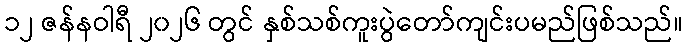
၁၂ ဇန်နဝါရီ ၂၀၂၆ တွင် နှစ်သစ်ကူးပွဲတော်ကျင်းပမည်ဖြစ်သည်။